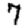
Digit: 7